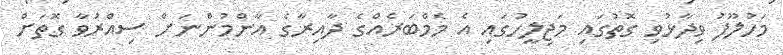
މަހުލޫފު ވިދާޅުވި ގޮތުގައި މަޖިލީހުގައި އެ މެމްބަރެއްގެ ދާއިރާގެ އާންމުންނަށް ސިއްރުވާ ގޮތަށް